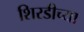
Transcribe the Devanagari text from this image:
शिरडीच्या